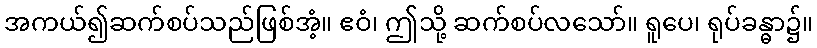
အကယ်၍ဆက်စပ်သည်ဖြစ်အံ့။ ဧဝံ၊ ဤသို့ ဆက်စပ်လသော်။ ရူပေ၊ ရုပ်ခန္ဓာ၌။